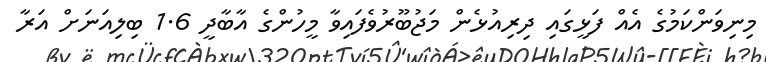
މިނިވަންކަމުގެ އެއް ފަޅީގައި ދިރިއުޅެން މަޖުބޫރުވެފައިވާ މީހުންގެ އާބާދީ 1.6 ބިލިއަނަށް އަރާ